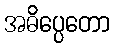
အဓိပ္ပေတော